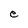
Character: e